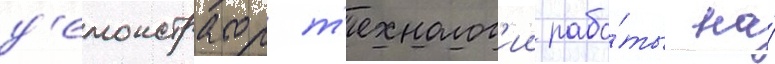
д'емонстратор т'ехнолог'ии рабо́ты на́